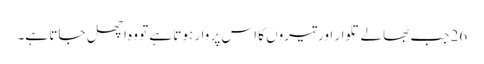
26 جب بھالے تلوار اور تیروں کا اس پر وار ہوتا ہے تو وہ اچھل جاتا ہے۔